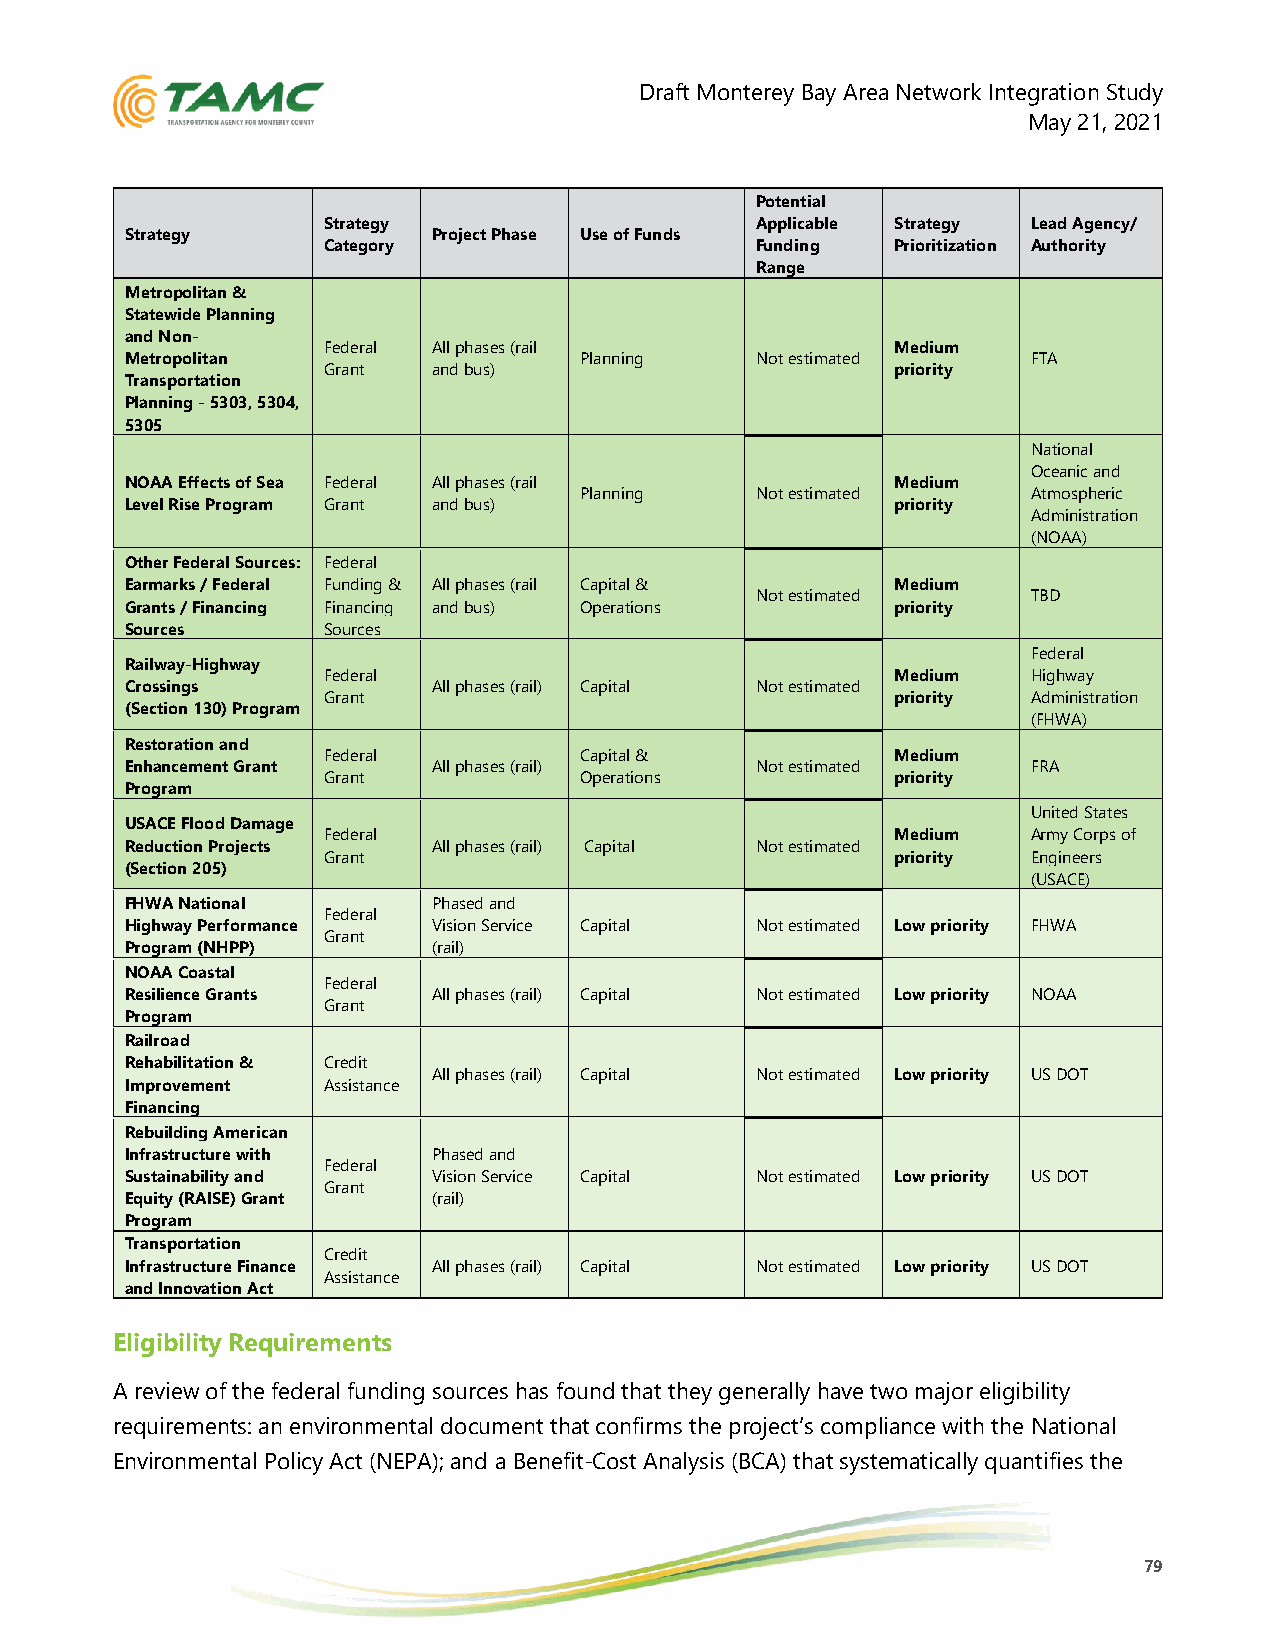
Draft Monterey Bay Area Network Integration Study
 May 21, 2021
 Potential
 Strategy                     Applicable Strategy Lead Agency/
 Strategy             Project Phase Use of Funds
 Category                     Funding  Prioritization Authority
 Range
 Metropolitan &
 Statewide Planning
 and Non-
 Federal All phases (rail              Medium
 Metropolitan                  Planning    Not estimated     FTA
 Grant   and bus)                      priority
 Transportation
 Planning - 5303, 5304,
 5305
 National
 Oceanic and
 NOAA Effects of Sea Federal All phases (rail       Medium
 Planning    Not estimated     Atmospheric
 Level Rise Program Grant and bus)                  priority
 Administration
 (NOAA)
 Other Federal Sources: Federal
 Earmarks / Federal Funding & All phases (rail Capital & Medium
 Not estimated     TBD
 Grants / Financing Financing and bus) Operations   priority
 Sources      Sources
 Federal
 Railway-Highway
 Federal                               Medium   Highway
 Crossings            All phases (rail) Capital Not estimated
 Grant                                 priority Administration
 (Section 130) Program
 (FHWA)
 Restoration and
 Federal          Capital &            Medium
 Enhancement Grant    All phases (rail)    Not estimated     FRA
 Grant            Operations           priority
 Program
 United States
 USACE Flood Damage
 Federal                               Medium   Army Corps of
 Reduction Projects   All phases (rail) Capital Not estimated
 Grant                                 priority Engineers
 (Section 205)
 (USACE)
 FHWA National        Phased and
 Federal
 Highway Performance  Vision Service Capital Not estimated Low priority FHWA
 Grant
 Program (NHPP)       (rail)
 NOAA Coastal
 Federal
 Resilience Grants    All phases (rail) Capital Not estimated Low priority NOAA
 Grant
 Program
 Railroad
 Rehabilitation & Credit
 All phases (rail) Capital Not estimated Low priority US DOT
 Improvement  Assistance
 Financing
 Rebuilding American
 Infrastructure with  Phased and
 Federal
 Sustainability and   Vision Service Capital Not estimated Low priority US DOT
 Grant
 Equity (RAISE) Grant (rail)
 Program
 Transportation
 Credit
 Infrastructure Finance All phases (rail) Capital Not estimated Low priority US DOT
 Assistance
 and Innovation Act
 Eligibility Requirements
 A review of the federal funding sources has found that they generally have two major eligibility
 requirements: an environmental document that confirms the project’s compliance with the National
 Environmental Policy Act (NEPA); and a Benefit-Cost Analysis (BCA) that systematically quantifies the
 79